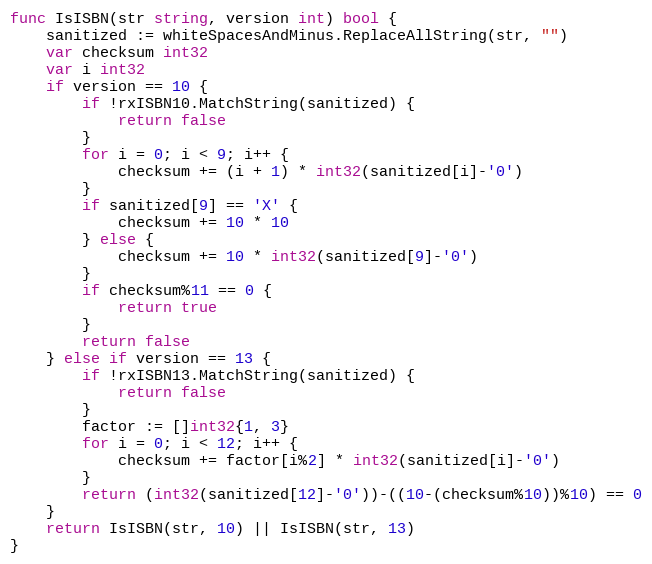
Language: Go
func IsISBN(str string, version int) bool {
	sanitized := whiteSpacesAndMinus.ReplaceAllString(str, "")
	var checksum int32
	var i int32
	if version == 10 {
		if !rxISBN10.MatchString(sanitized) {
			return false
		}
		for i = 0; i < 9; i++ {
			checksum += (i + 1) * int32(sanitized[i]-'0')
		}
		if sanitized[9] == 'X' {
			checksum += 10 * 10
		} else {
			checksum += 10 * int32(sanitized[9]-'0')
		}
		if checksum%11 == 0 {
			return true
		}
		return false
	} else if version == 13 {
		if !rxISBN13.MatchString(sanitized) {
			return false
		}
		factor := []int32{1, 3}
		for i = 0; i < 12; i++ {
			checksum += factor[i%2] * int32(sanitized[i]-'0')
		}
		return (int32(sanitized[12]-'0'))-((10-(checksum%10))%10) == 0
	}
	return IsISBN(str, 10) || IsISBN(str, 13)
}